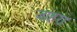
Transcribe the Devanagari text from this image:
जाहरा